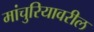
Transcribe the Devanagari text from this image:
मांचुरियावरील